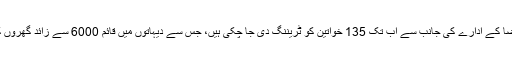
ذرائع کے مطابق، بخش فاونڈیشن کی چیف ایگزیکٹیو فضا کے ادارے کی جانب سے اب تک 135 خواتین کو ٹریننگ دی جا چکی ہیں، جس سے دیہاتوں میں قائم 6000 سے زائد گھروں کو شمسی توانائی سے بجلی کی فراہمی ممکن بنائی گئی۔